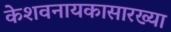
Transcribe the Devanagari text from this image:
केशवनायकासारख्या